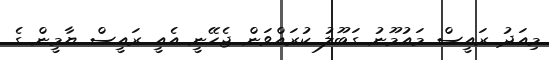
މިއަދު ރައީސް މައުމޫނު ގަބޫލު ކުރައްވަން ޖެހޭނީ އެއީ ރައީސް ޔާމީން ގެ